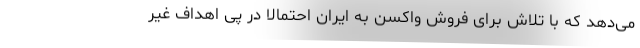
می‌دهد که با تلاش برای فروش واکسن به ایران احتمالا در پی اهداف غیر